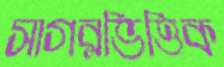
সাগরভিত্তিক